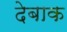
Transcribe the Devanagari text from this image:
देबाक